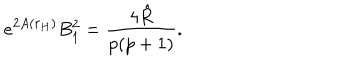
e ^ { 2 A ( r _ { H } ) } B _ { 1 } ^ { 2 } = \frac { 4 \hat { R } } { p ( p + 1 ) } .